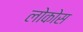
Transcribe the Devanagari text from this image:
लोकोस